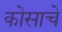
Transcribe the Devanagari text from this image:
कोसाचे